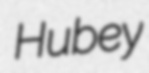
Hubey